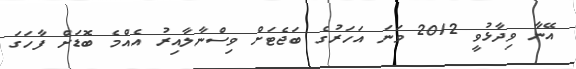
އޭނާ ވިދާޅުވީ 2012 ވަނަ އަހަރުގެ ބަޖެޓަށް ވިސްނާލާއިރު އެއްމެ ބޮޑަށް ފާހަގަ